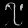
Digit: ၇